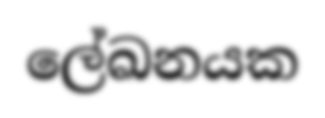
ලේඛනයක